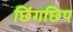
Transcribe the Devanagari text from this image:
छिंगछिप